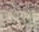
أماندا